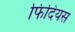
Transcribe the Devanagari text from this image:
फिदियस